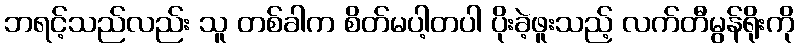
ဘရင့်သည်လည်း သူ တစ်ခါက စိတ်မပါ့တပါ ပိုးခဲ့ဖူးသည့် လက်တီမွန်ရိုးကို